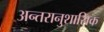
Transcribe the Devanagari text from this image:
अन्तरानुशासिक